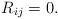
LaTeX: \begin{align*} R_{ij}= 0 .\end{align*}